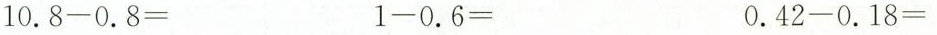
$$10.8-0.8=$$ $$1-0.6=$$ $$0.42-0.18=$$